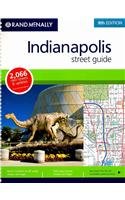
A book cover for Rand Mcnally Indianapolis Street Guide; Rand McNally and Company (COR) Rand McNally; Travel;